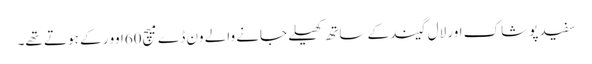
سفید پوشاک اور لال گیند کے ساتھ کھیلے جانے والے ون ڈے میچ60اوور کے ہوتے تھے۔